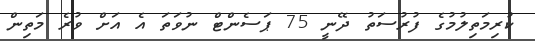
ކުރިމަތިލުމުގެ ފުރުސަތު ދޭނީ 75 ޕަސެންޓް ނުވަތަ އެ އަށް ވުރެ މަތިން